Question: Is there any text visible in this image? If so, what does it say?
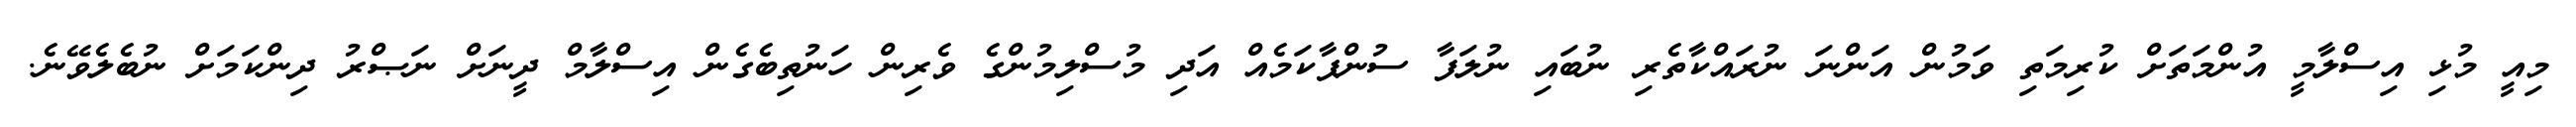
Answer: މިއީ މުޅި އިސްލާމީ އުންމަތަށް ކުރިމަތި ވަމުން އަންނަ ނުރައްކާތެރި ނުބައި ނުލަފާ ސުންޕާކަމެއް އަދި މުސްލިމުންގެ ވެރިން ހަނުތިބެގެން އިސްލާމް ދީނަށް ނަޞްރު ދިންކަމަށް ނުބެލެވޭނެ.